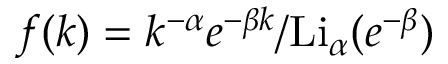
f ( k ) = k ^ { - \alpha } e ^ { - \beta k } / \mathrm { L i } _ { \alpha } ( e ^ { - \beta } )